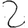
Digit: 2